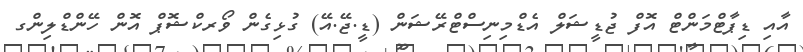
އާއި ޑިޕާޓްމަންޓް އޮފް ޖުޑީޝަލް އެޑްމިނިސްޓްރޭޝަން (ޑީ.ޖޭ.އޭ) ގުޅިގެން ވޯރކްޝޮޕް އޮން ހޭންޑްލިންގ